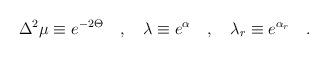
LaTeX: \begin{align*}\Delta ^2 \mu \equiv e^{-2\Theta} \quad , \quad \lambda \equiv e^{\alpha}\quad , \quad \lambda_r \equiv e^{\alpha_r} \quad .\end{align*}